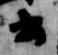
云